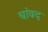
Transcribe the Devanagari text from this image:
चांवद